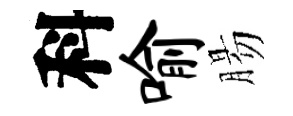
科喻腸